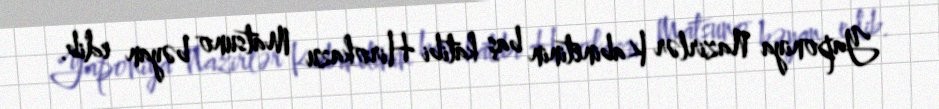
Yaponiya Nazirlər Kabinetinin baş katibi Hirokazu Matsuno bəyan edib.